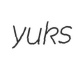
yuks